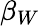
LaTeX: \beta_{W}